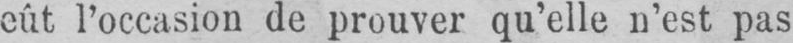
eût l’occasion de prouver qu’elle n’est pas